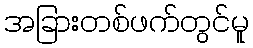
အခြားတစ်ဖက်တွင်မူ